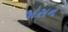
જોસન